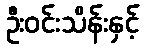
ဦးဝင်းသိန်းနှင့်